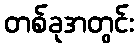
တစ်ခုအတွင်း